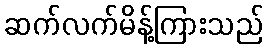
ဆက်လက်မိန့်ကြားသည်